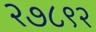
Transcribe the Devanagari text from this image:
२७८९२